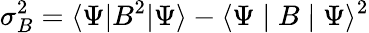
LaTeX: \sigma_{B}^{2}=\langle\Psi|B^{2}|\Psi\rangle-\langle\Psi\mid B\mid\Psi\rangle^{2}